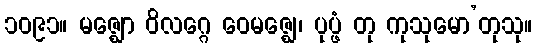
၁၀၉၁။ မဇ္ဈော ဝိလဂ္ဂေ ဝေမဇ္ဈေ၊ ပုပ္ဖံ တု ကုသုမော’တုသု။